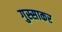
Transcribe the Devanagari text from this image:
गुस्साकर